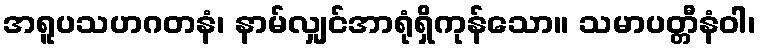
အရူပသဟဂတနံ၊ နာမ်လျှင်အာရုံရှိကုန်သော။ သမာပတ္တီနံဝါ၊